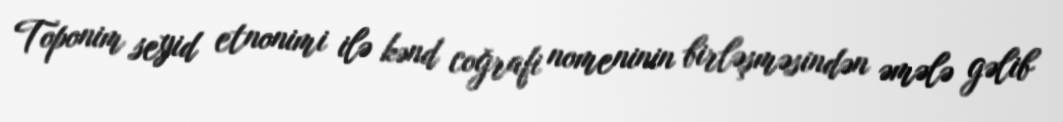
Toponim seyid etnonimi ilə kənd coğrafi nomeninin birləşməsindən əmələ gəlib